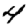
Digit: 4